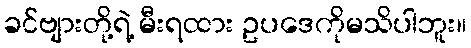
ခင်ဗျားတို့ရဲ့ မီးရထား ဥပဒေကိုမသိပါဘူး။